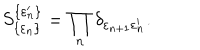
S _ { \{ \varepsilon _ { n } \} } ^ { \{ \varepsilon _ { n } ^ { \prime } \} } = \prod _ { n } \delta _ { \varepsilon _ { n + 1 } \varepsilon _ { n } ^ { \prime } } .